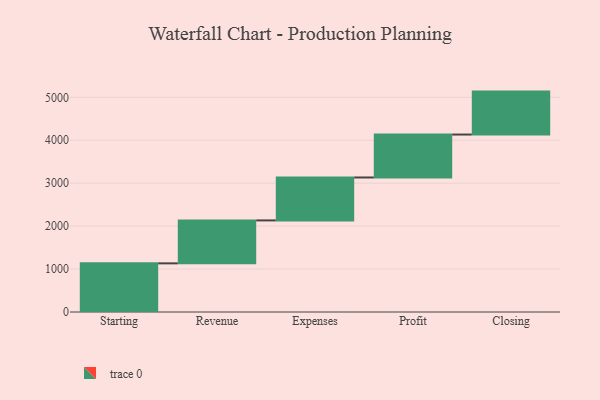
{"axis": {"x": "Step", "y": "Value"}, "legend": [""], "data": [{"x": "Starting", "y": 1133.0, "type": ""}, {"x": "Revenue", "y": 1000, "type": ""}, {"x": "Expenses", "y": 1000, "type": ""}, {"x": "Profit", "y": 1000, "type": ""}, {"x": "Closing", "y": 1000, "type": ""}]}